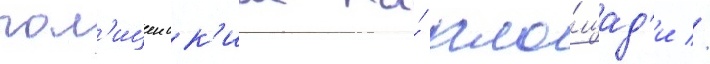
пол'ицеиск'им на́ пло́щад'и //